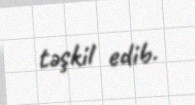
təşkil edib.